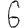
Digit: 6